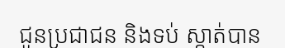
ជូនប្រជាជន និងទប់ ស្កាត់បាន